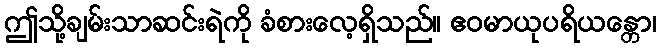
ဤသို့ချမ်းသာဆင်းရဲကို ခံစားလေ့ရှိသည်။ ဧဝမာယုပရိယန္တော၊